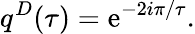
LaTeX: q^{D}(\tau)=\mathrm{e}^{-2i\pi/\tau}.